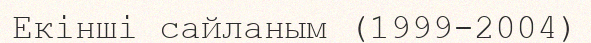
Екінші сайланым (1999-2004)